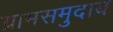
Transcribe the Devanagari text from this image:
ग्रामसमुदाय